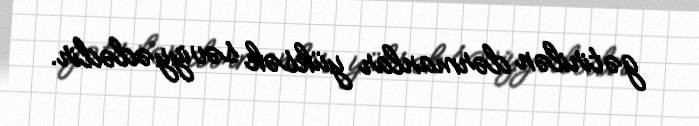
gətirilən dərmanlar yüksək səviyyədədir.